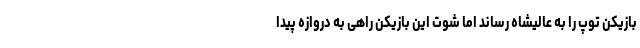
بازیکن توپ را به عالیشاه رساند اما شوت این بازیکن راهی به دروازه پیدا